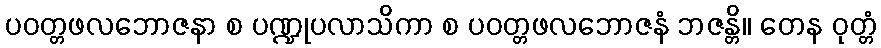
ပဝတ္တဖလဘောဇနာ စ ပဏ္ဍုပလာသိကာ စ ပဝတ္တဖလဘောဇနံ ဘဇန္တိ။ တေန ဝုတ္တံ